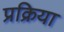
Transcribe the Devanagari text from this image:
प्रक्रिया